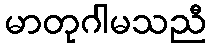
မာတုဂါမသညီ